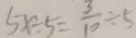
5 x \div 5 = \frac { 3 } { 1 0 } \div 5